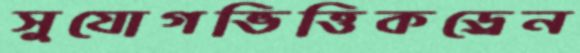
সুযোগভিত্তিকড্রেন